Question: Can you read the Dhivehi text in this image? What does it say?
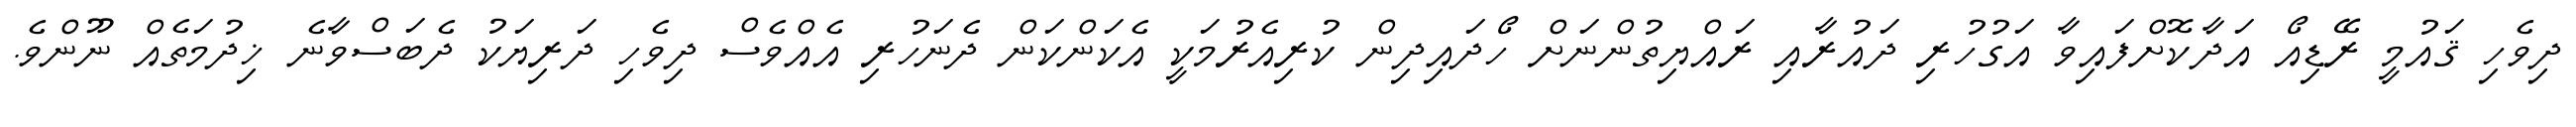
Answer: ދިވެހި ޤައުމީ ރޭޑިއޯ އަދާކޮށްފައިވާ އަގުހުރި ދައުރާއި ރައްޔިތުންނަށް ހޯދައިދިން ކުރިއެރުމަކީ އެކަންކަން ދެނަހުރި އެއްވެސް ދިވެހި ދަރިޔަކު ދެބަސްވާނެ ޚިދުމަތެއް ނޫންވެ.